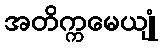
အတိက္ကမေယျုံ